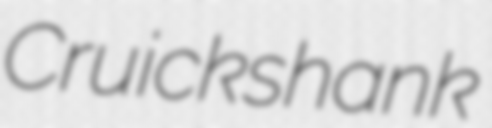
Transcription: Cruickshank